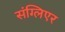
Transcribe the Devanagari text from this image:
संग्लिएर